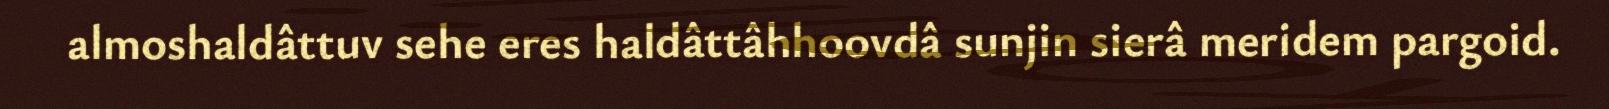
almoshaldâttuv sehe eres haldâttâhhoovdâ sunjin sierâ meridem pargoid.